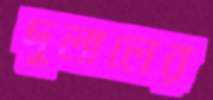
দুলালের